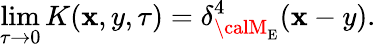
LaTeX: \operatorname*{lim}_{\tau\to0}K(\mathbf{x},y,\tau)=\delta_{{\calM}_{\mathrm{{E}}}}^{4}(\mathbf{x}-y).